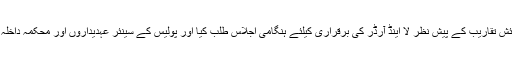
انہوں نے /10 نومبر کو منائے جانے والی ٹیپو سلطان یوم پیدائش تقاریب کے پیش نظر لا اینڈ آرڈر کی برقراری کیلئے ہنگامی اجلاس طلب کیا اور پولیس کے سینئر عہدیداروں اور محکمہ داخلہ کے آفیسرس کو ہدایت دی کہ وہ اس دن چوکسی اختیار کریں ۔